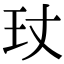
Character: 𤣸